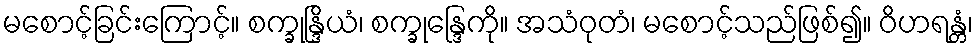
မစောင့်ခြင်းကြောင့်။ စက္ခုန္ဒြိယံ၊ စက္ခုန္ဒြေကို။ အသံဝုတံ၊ မစောင့်သည်ဖြစ်၍။ ဝိဟရန္တံ၊